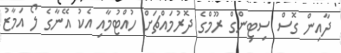
ދާއިން ގޮސް ސިޓިންގް ރޫމްގެ ދޮރުމައްޗަށް ހުއްޓުމާއި އެކު އޭނާގެ ލޯ އަމާޒު